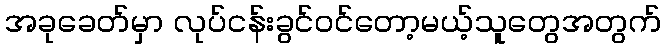
အခုခေတ်မှာ လုပ်ငန်းခွင်ဝင်တော့မယ့်သူတွေအတွက်